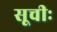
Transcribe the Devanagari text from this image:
सूचीः